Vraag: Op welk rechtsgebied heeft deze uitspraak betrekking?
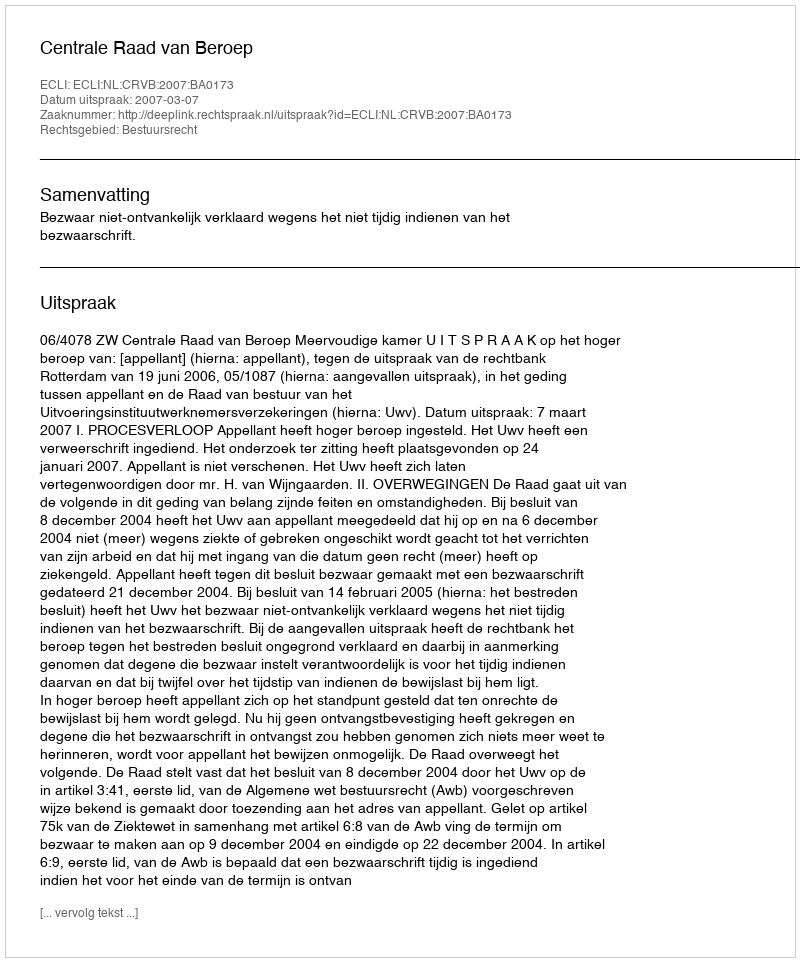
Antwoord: Bestuursrecht